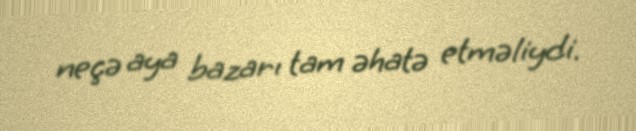
neçə aya bazarı tam əhatə etməliydi.